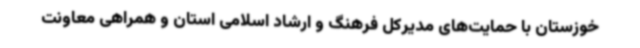
خوزستان با حمایت‌های مدیرکل فرهنگ و ارشاد اسلامی استان و همراهی معاونت